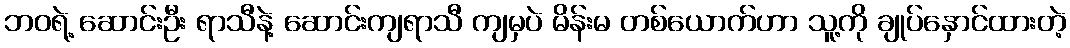
ဘဝရဲ့ ဆောင်းဦး ရာသီနဲ့ ဆောင်းကျရာသီ ကျမှပဲ မိန်းမ တစ်ယောက်ဟာ သူ့ကို ချုပ်နှောင်ထားတဲ့